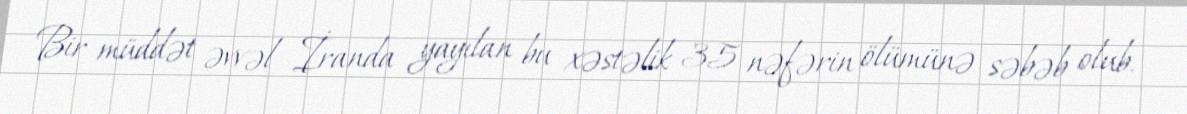
Bir müddət əvvəl İranda yayılan bu xəstəlik 35 nəfərin ölümünə səbəb olub.